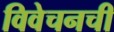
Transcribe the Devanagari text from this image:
विवेचनची